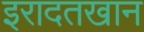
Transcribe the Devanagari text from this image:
इरादतखान